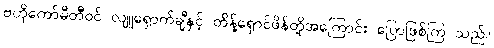
ဗဟိုကော်မီတီဝင် လျူရှောက်ချီနှင့် တိန့်ရှောင်ဖိန်တို့အကြောင်း ပြောဖြစ်ကြ သည်။